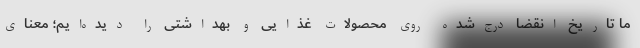
ما تاریخ انقضا درج‌شده روی محصولات غذایی و بهداشتی را دیده‌ایم؛ معنای